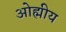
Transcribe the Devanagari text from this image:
ओह्मीय